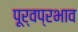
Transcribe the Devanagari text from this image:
पूर्वप्रभाव